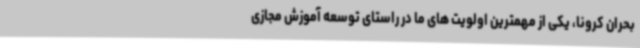
بحران کرونا، یکی از مهمترین اولویت های ما در راستای توسعه آموزش مجازی